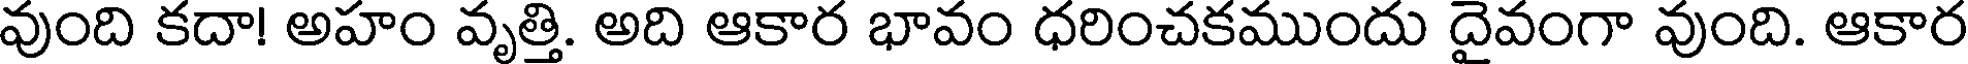
వుంది కదా! అహం వృత్తి. అది ఆకార భావం ధరించకముందు దైవంగా వుంది. ఆకార